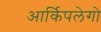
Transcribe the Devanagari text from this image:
आर्किपलेगो